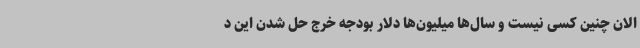
الان چنین کسی نیست و سال‌ها میلیون‌ها دلار بودجه خرج حل شدن این د